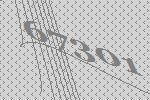
67301